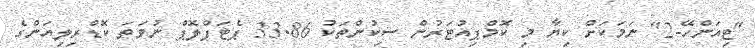
"ޓިއަންހޭ-2" ނަމަކަށް ކިޔާ މި ކޮމްޕިއުޓަރުން ސިކުންތަކު 33.86 ޕެޓަފްލޮޕް ނުވަތަ ކޮޑްރިލިއަންގެ